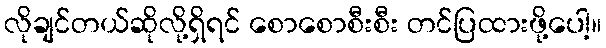
လိုချင်တယ်ဆိုလို့ရှိရင် စောစောစီးစီး တင်ပြထားဖို့ပေါ့။